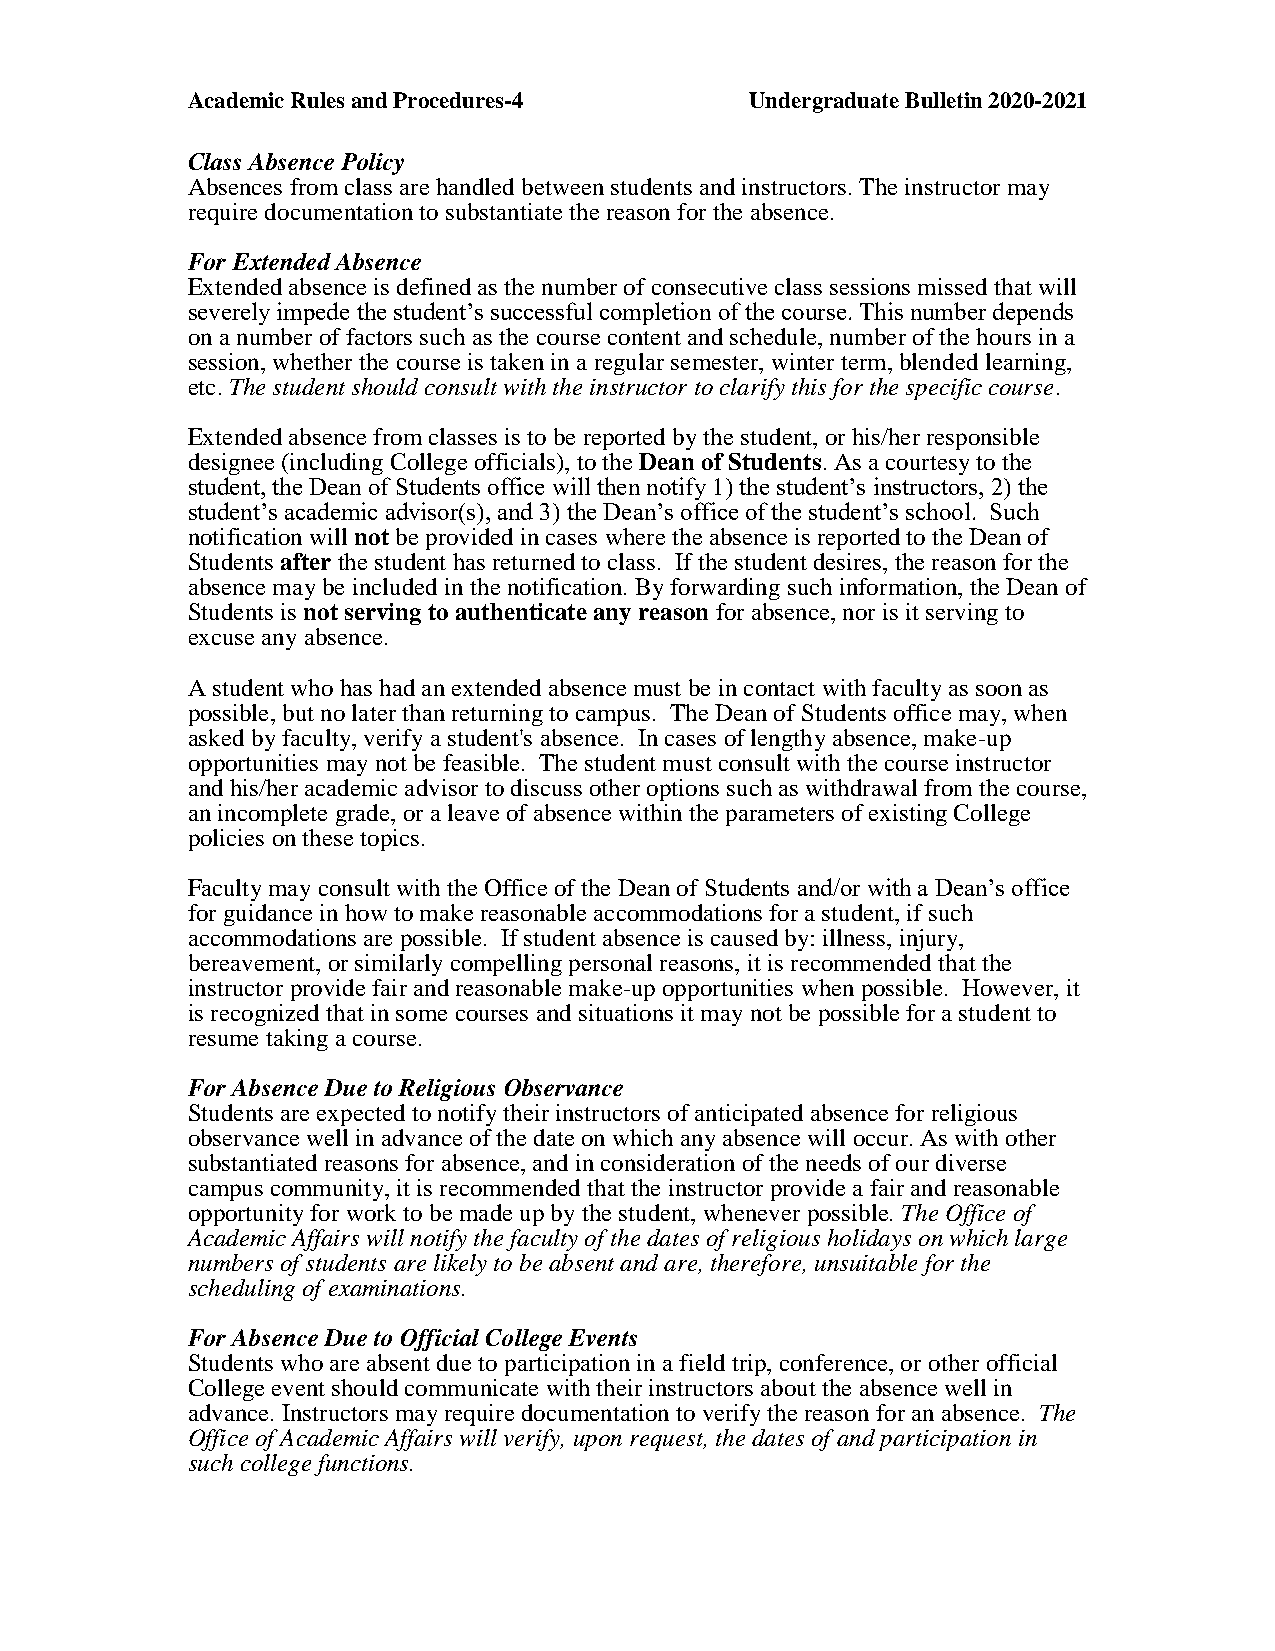
Academic Rules and Procedures-4       Undergraduate Bulletin 2020-2021
 Class Absence Policy
 Absences from class are handled between students and instructors. The instructor may
 require documentation to substantiate the reason for the absence.
 For Extended Absence
 Extended absence is defined as the number of consecutive class sessions missed that will
 severely impede the student’s successful completion of the course. This number depends
 on a number of factors such as the course content and schedule, number of the hours in a
 session, whether the course is taken in a regular semester, winter term, blended learning,
 etc. The student should consult with the instructor to clarify this for the specific course.
 Extended absence from classes is to be reported by the student, or his/her responsible
 designee (including College officials), to the Dean of Students. As a courtesy to the
 student, the Dean of Students office will then notify 1) the student’s instructors, 2) the
 student’s academic advisor(s), and 3) the Dean’s office of the student’s school. Such
 notification will not be provided in cases where the absence is reported to the Dean of
 Students after the student has returned to class. If the student desires, the reason for the
 absence may be included in the notification. By forwarding such information, the Dean of
 Students is not serving to authenticate any reason for absence, nor is it serving to
 excuse any absence.
 A student who has had an extended absence must be in contact with faculty as soon as
 possible, but no later than returning to campus. The Dean of Students office may, when
 asked by faculty, verify a student's absence. In cases of lengthy absence, make-up
 opportunities may not be feasible. The student must consult with the course instructor
 and his/her academic advisor to discuss other options such as withdrawal from the course,
 an incomplete grade, or a leave of absence within the parameters of existing College
 policies on these topics.
 Faculty may consult with the Office of the Dean of Students and/or with a Dean’s office
 for guidance in how to make reasonable accommodations for a student, if such
 accommodations are possible. If student absence is caused by: illness, injury,
 bereavement, or similarly compelling personal reasons, it is recommended that the
 instructor provide fair and reasonable make-up opportunities when possible. However, it
 is recognized that in some courses and situations it may not be possible for a student to
 resume taking a course.
 For Absence Due to Religious Observance
 Students are expected to notify their instructors of anticipated absence for religious
 observance well in advance of the date on which any absence will occur. As with other
 substantiated reasons for absence, and in consideration of the needs of our diverse
 campus community, it is recommended that the instructor provide a fair and reasonable
 opportunity for work to be made up by the student, whenever possible. The Office of
 Academic Affairs will notify the faculty of the dates of religious holidays on which large
 numbers of students are likely to be absent and are, therefore, unsuitable for the
 scheduling of examinations.
 For Absence Due to Official College Events
 Students who are absent due to participation in a field trip, conference, or other official
 College event should communicate with their instructors about the absence well in
 advance. Instructors may require documentation to verify the reason for an absence. The
 Office of Academic Affairs will verify, upon request, the dates of and participation in
 such college functions.